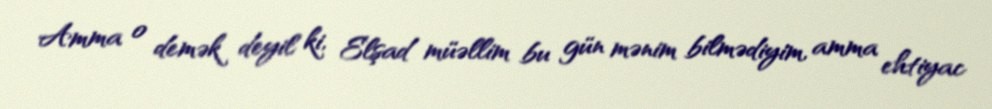
Amma o demək deyil ki, Elşad müəllim bu gün mənim bilmədiyim, amma ehtiyac